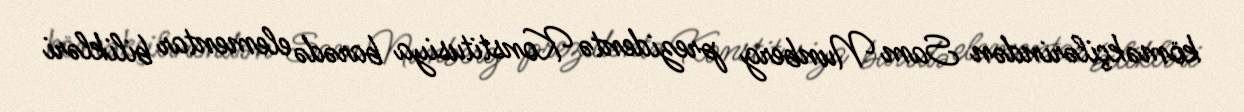
köməkçilərindən Sam Nunberg prezidentə Konstitusiya barədə elementar bilikləri